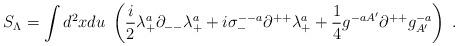
LaTeX: \begin{align*}S_\Lambda = \int d^2xdu \; \left( {i\over 2}\lambda^{a}_+\partial_{--}\lambda^a_{+}+ i\sigma^{--a}_{-} \partial^{++}\lambda^{a}_+ + {1\over 4} g^{-aA'} \partial^{++} g^{-a}_{A'} \right)\; .\end{align*}